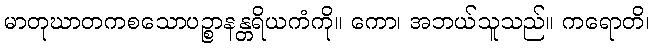
မာတုဃာတကစသောပဉ္စာနန္တရိယကံကို။ ကော၊ အဘယ်သူသည်။ ကရောတိ၊